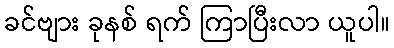
ခင်ဗျား ခုနစ် ရက် ကြာပြီးလာ ယူပါ။